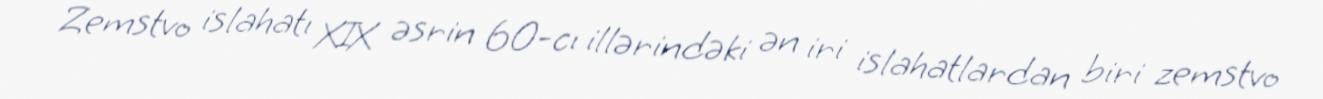
Zemstvo islahatı XIX əsrin 60-cı illərindəki ən iri islahatlardan biri zemstvo